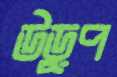
উড়ুপ